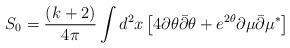
LaTeX: \begin{align*}S_0=\frac{(k+2)}{4\pi}\int d^2x \left[4\partial\theta{\bar\partial}\theta+e^{2\theta}\partial\mu{\bar\partial}\mu^{\ast}\right]\end{align*}